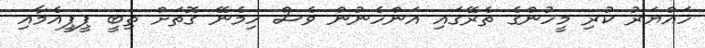
ހައްޔަރު ކުރި މީހުންގެ ތެރޭގައި އަންހެނުން ވެސް ހިމެނޭ ގޮތަށް ތިބީ ޕީޕީއެމާއި